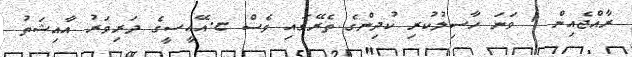
ރާއްޖެއިން 1 ވަނަ ހާސިލުކުރި ކުދިންގެ ތެރޭގައި ވެސް ޏ.އޭއީސީގެ ދަރިވަރު އާއިޝަތު